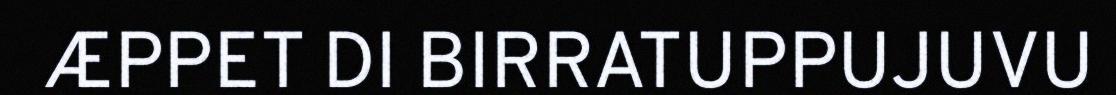
ÆPPET DI BIRRATUPPUJUVU